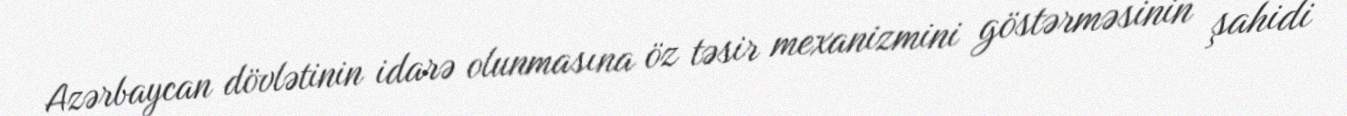
Azərbaycan dövlətinin idarə olunmasına öz təsir mexanizmini göstərməsinin şahidi